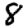
Digit: 8